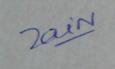
Signature authenticity: genuine